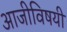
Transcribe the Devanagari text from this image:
आजीविषयी